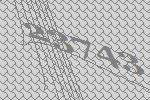
23743